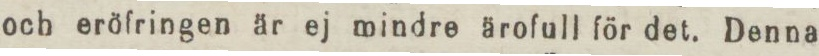
och eröfringen är ej mindre ärofull för det. Denna